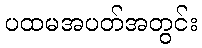
ပထမအပတ်အတွင်း